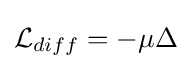
{\mathcal {L}}_{diff}=-\mu \Delta